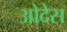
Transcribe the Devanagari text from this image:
ओदेस